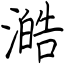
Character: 澔